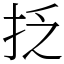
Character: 抸